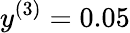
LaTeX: y^{(3)}=0.05